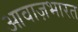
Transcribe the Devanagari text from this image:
आवाज़भारत